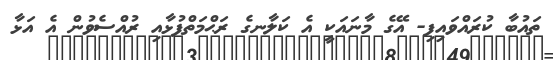
ތައުބާ ކުރައްވައިފި- އޭގެ މާނައަކީ އެ ކަލާނގެ ރަޙްމަތްފުޅާއި ރުއްސެވުން އެ އަޅާ